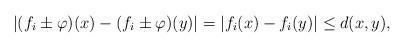
LaTeX: \begin{align*} |(f_i\pm \varphi)(x)-(f_i\pm \varphi)(y)|=|f_i(x)-f_i(y)|\leq d(x,y), \end{align*}